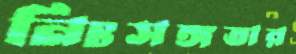
নিঃসঙ্গতার